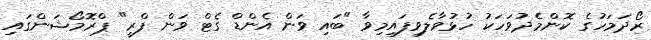
ރޯދަމަހުގެ ކޮންމެދުވަހަކު ހުޅުވާލެވިފައިމިވާ "ބައި ވަން އެންޑް ގެޓް ވަން ފްރީ" ޕްރޮމޯޝަންގައި